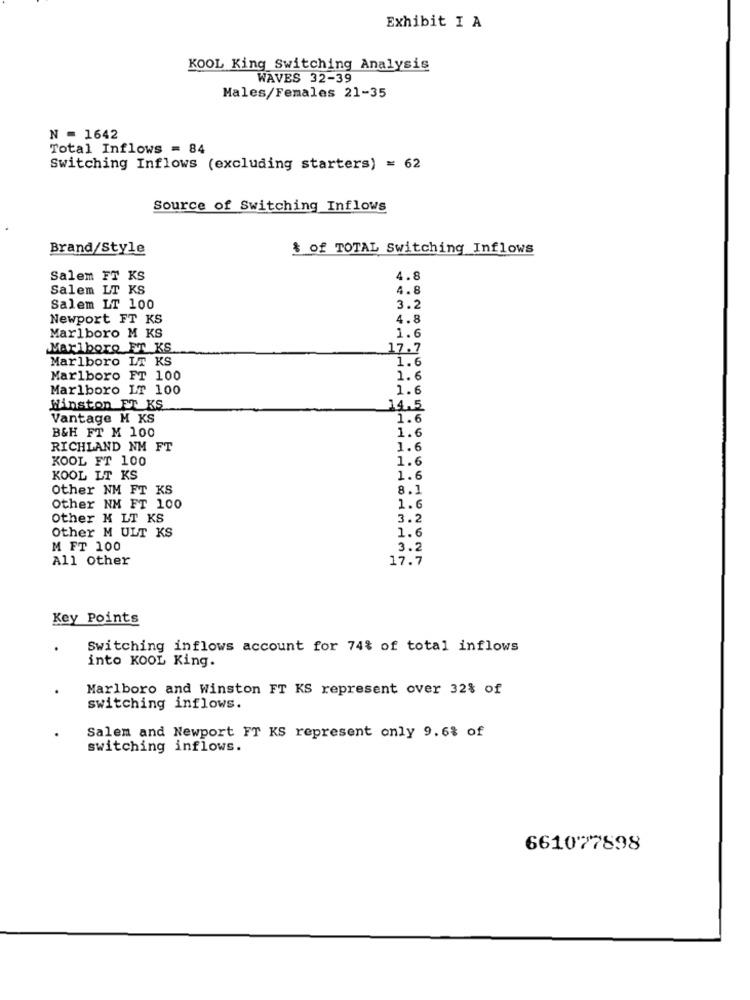
Exhibit I A
KOOL King Switching Analysis
WAVES 32-39
Males/Females 21-35
N = 1642
Total Inflows = 84
Switching Inflows (excluding starters) = 62
Source of Switching Inflows
Brand/Style
& of TOTAL Switching Inflows
Salem FT KS
4.8
Salem LT KS
4.8
Salem LT 100
3.2
Newport FT KS
4.8
Marlboro M KS
1.6
Marlboro ET KS
17.7
Marlboro LT KS
1.6
Marlboro FT 100
1.6
Marlboro LT 100
1.6
Winston ET KS
14.5
Vantage M KS
1.6
1.6
B&H FT M 100
RICHLAND NM FT
1.6
KOOL FT 100
1.6
KOOL LT KS
1.6
Other NM FT KS
8.1
Other NM FT 100
1.6
Other M LT KS
3.2
Other M ULT KS
1.6
M FT 100
3.2
All Other
17.7
Key Points
Switching inflows account for 74% of total inflows
into KOOL King.
Marlboro and Winston FT KS represent over 32% of
switching inflows.
Salem and Newport FT KS represent only 9.6% of
switching inflows.
661077898